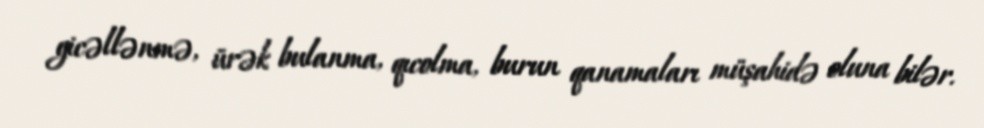
gicəllənmə, ürək bulanma, qıcolma, burun qanamaları müşahidə oluna bilər.